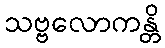
သဗ္ဗလောကန္တိ